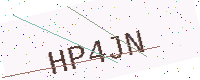
Text: HP4JN